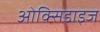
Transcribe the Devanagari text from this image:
ओक्सिडाइज